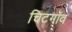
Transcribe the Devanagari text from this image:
चिटगॉव